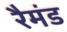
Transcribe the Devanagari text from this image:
रैमंड